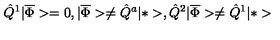
\hat { Q } ^ { 1 } | \overline { \Phi } > = 0 , | \overline { \Phi } > \neq \hat { Q } ^ { a } | * > , \hat { Q } ^ { 2 } | \overline { \Phi } > \neq \hat { Q } ^ { 1 } | * >